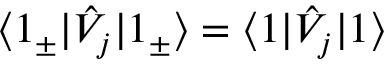
\langle 1 _ { \pm } | \hat { V } _ { j } | 1 _ { \pm } \rangle = \langle 1 | \hat { V } _ { j } | 1 \rangle